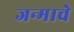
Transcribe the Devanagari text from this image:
जन्माचेे